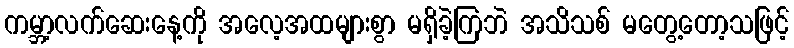
ကမ္ဘာ့လက်ဆေးနေ့ကို အလေ့အထများစွာ မရှိခဲ့ကြဘဲ အသိသစ် မတွေ့တော့သဖြင့်